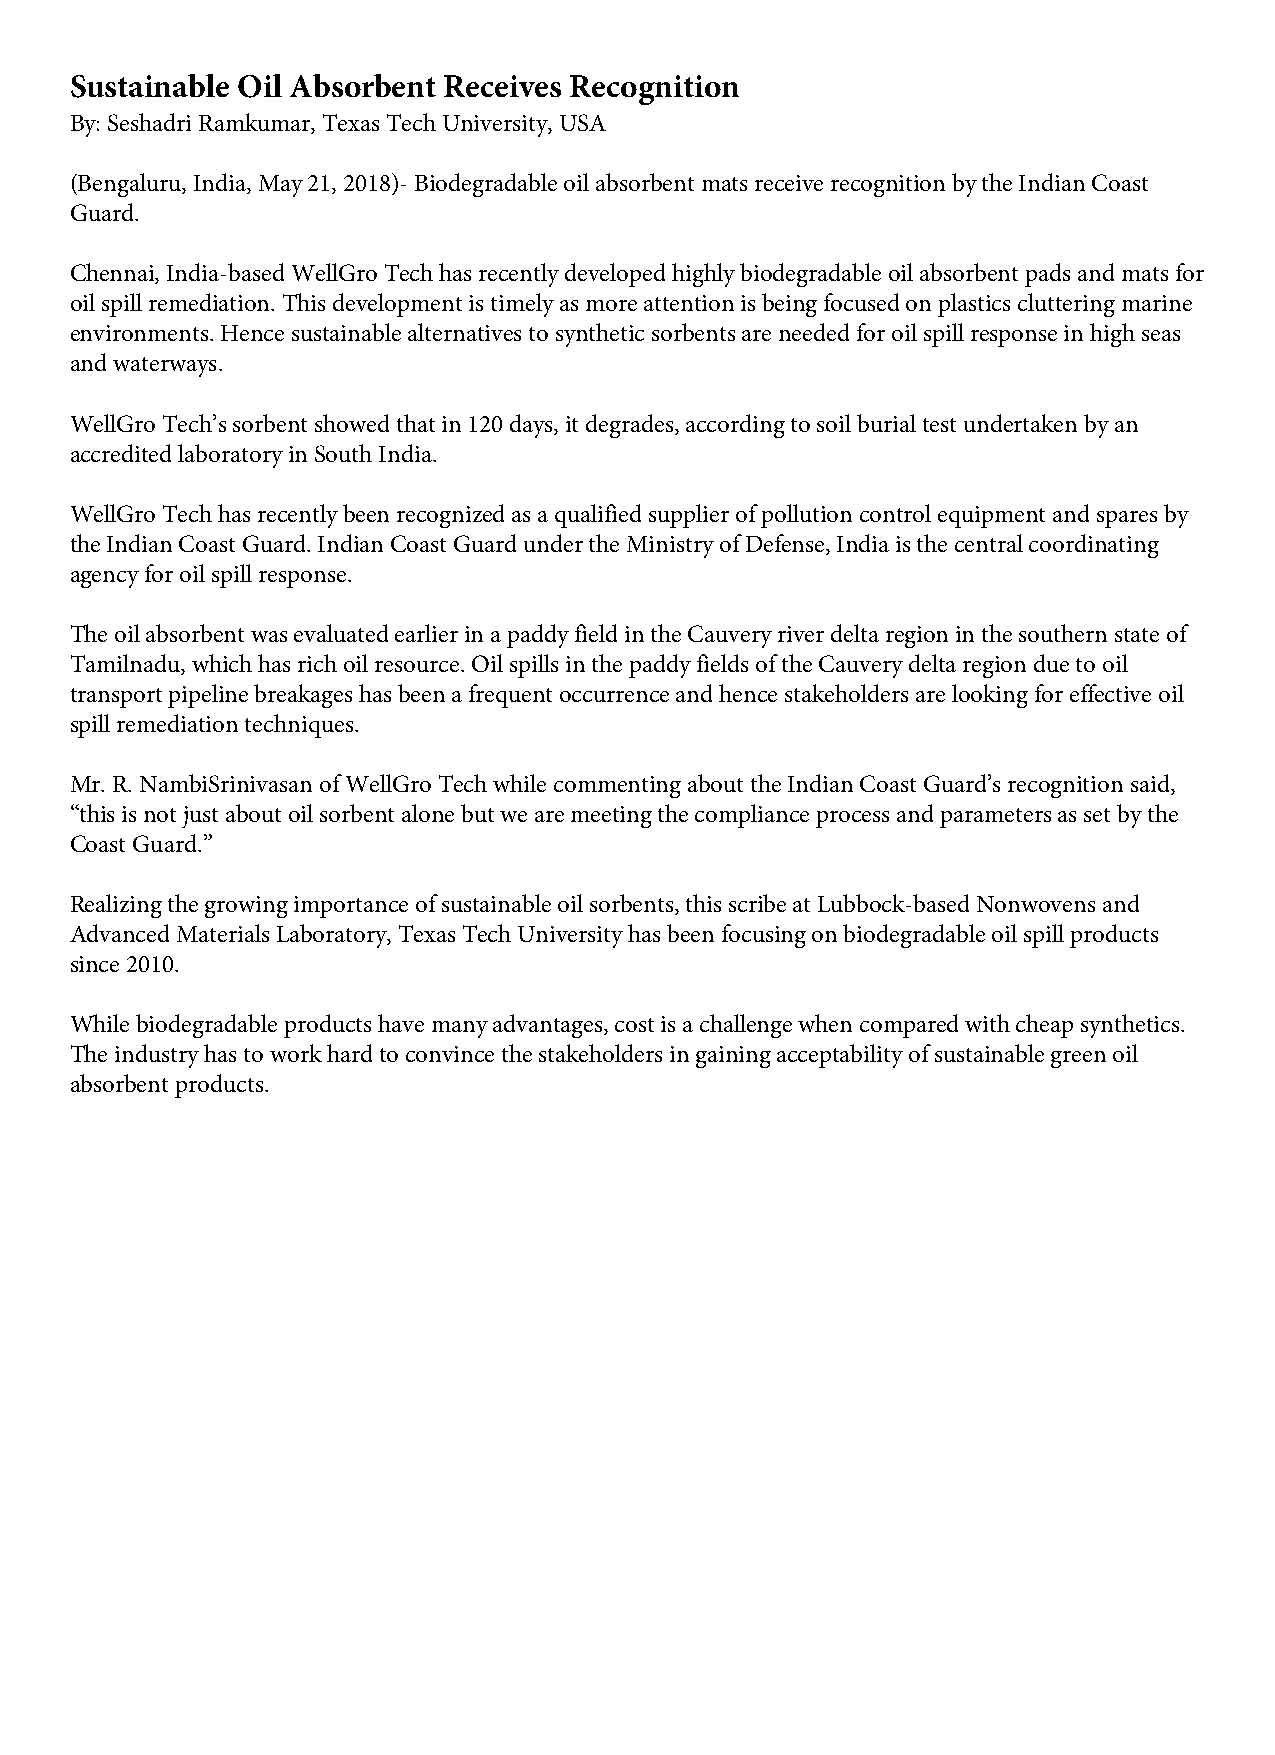
Sustainable Oil Absorbent Receives Recognition
 By: Seshadri Ramkumar, Texas Tech University, USA
 (Bengaluru, India, May 21, 2018)- Biodegradable oil absorbent mats receive recognition by the Indian Coast
 Guard.
 Chennai, India-based WellGro Tech has recently developed highly biodegradable oil absorbent pads and mats for
 oil spill remediation. This development is timely as more attention is being focused on plastics cluttering marine
 environments. Hence sustainable alternatives to synthetic sorbents are needed for oil spill response in high seas
 and waterways.
 WellGro Tech’s sorbent showed that in 120 days, it degrades, according to soil burial test undertaken by an
 accredited laboratory in South India.
 WellGro Tech has recently been recognized as a qualified supplier of pollution control equipment and spares by
 the Indian Coast Guard. Indian Coast Guard under the Ministry of Defense, India is the central coordinating
 agency for oil spill response.
 The oil absorbent was evaluated earlier in a paddy field in the Cauvery river delta region in the southern state of
 Tamilnadu, which has rich oil resource. Oil spills in the paddy fields of the Cauvery delta region due to oil
 transport pipeline breakages has been a frequent occurrence and hence stakeholders are looking for effective oil
 spill remediation techniques.
 Mr. R. NambiSrinivasan of WellGro Tech while commenting about the Indian Coast Guard’s recognition said,
 “this is not just about oil sorbent alone but we are meeting the compliance process and parameters as set by the
 Coast Guard.”
 Realizing the growing importance of sustainable oil sorbents, this scribe at Lubbock-based Nonwovens and
 Advanced Materials Laboratory, Texas Tech University has been focusing on biodegradable oil spill products
 since 2010.
 While biodegradable products have many advantages, cost is a challenge when compared with cheap synthetics.
 The industry has to work hard to convince the stakeholders in gaining acceptability of sustainable green oil
 absorbent products.